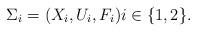
LaTeX: \begin{align*}\Sigma_i = (X_i,U_i,F_i) i\in \{1,2\}.\end{align*}